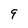
Character: 9